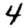
Digit: 4